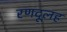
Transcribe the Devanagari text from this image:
रणदूलह